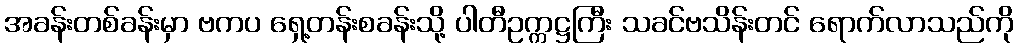
အခန်းတစ်ခန်းမှာ ဗကပ ရှေ့တန်းစခန်းသို့ ပါတီဥက္ကဋ္ဌကြီး သခင်ဗသိန်းတင် ရောက်လာသည်ကို